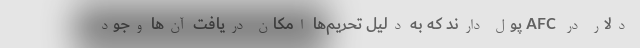
دلار در AFC پول دارند که به دلیل تحریم‌ها امکان دریافت آن‌ها وجود